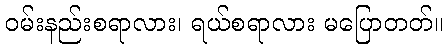
ဝမ်းနည်းစရာလား၊ ရယ်စရာလား မပြောတတ်။